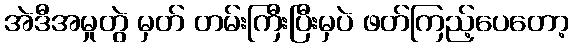
အဲဒီအမှုတွဲ မှတ် တမ်းကြီးပြီးမှပဲ ဖတ်ကြည့်ပေတော့